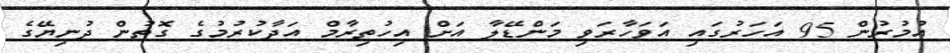
އުމުރުން 95 އަހަރުގައި އަވަހާރަވި މަންޑޭލާ އަށް އިހުތިރާމް އަދާކުރުމުގެ ގޮތުން ދުނިޔޭގެ